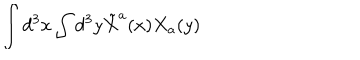
\int d ^ { 3 } x \int d ^ { 3 } y \tilde { X } ^ { a } ( x ) X _ { a } ( y )